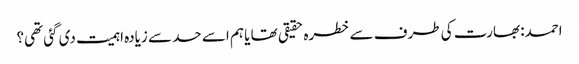
احمد: بھارت کی طرف سے خطرہ حقیقی تھا یا ہم اسے حد سے زیادہ اہمیت دی گئی تھی؟